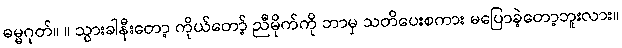
ဓမ္မဂုတ်။ ။ သွားခါနီးတော့ ကိုယ်တော့် ညီမိုက်ကို ဘာမှ သတိပေးစကား မပြောခဲ့တော့ဘူးလား။